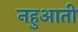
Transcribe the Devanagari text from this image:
नहुआती